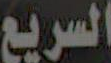
السريع